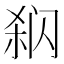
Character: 𰿳